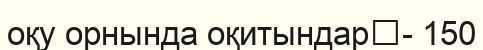
оқу орнында оқитындар	- 150